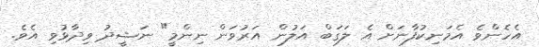
އެހެންވެ އެމަނިކުފާނަށް އެ ލަގަބް އަލުން އަރުވަން ނިންމީ" ނަޝީދު ވިދާޅުވި އެވެ.